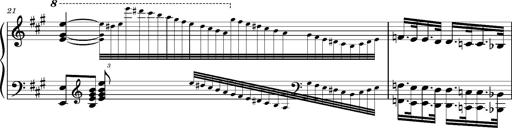
Title: Ungarischer Romanzero
Composer: Franz Liszt